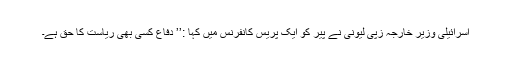
اسرائیلی وزیر خارجہ زپی لیونی نے پیر کو ایک پریس کانفرنس میں کہا :’’ دفاع کسی بھی ریاست کا حق ہے۔